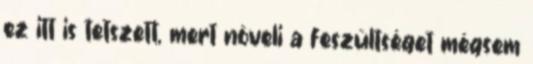
ez itt is tetszett, mert növeli a feszültséget mégsem